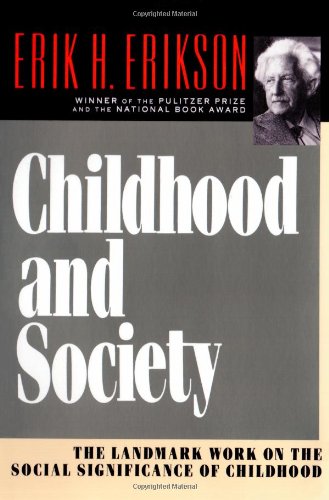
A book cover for Childhood and Society; Erik H. Erikson; Health, Fitness & Dieting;